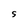
Character: S